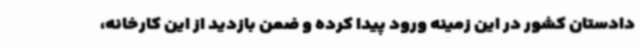
دادستان کشور در این زمینه ورود پیدا کرده و ضمن بازدید از این کارخانه،